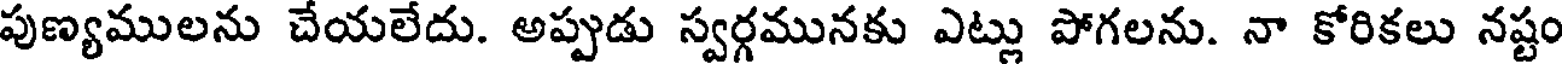
పుణ్యములను చేయలేదు. అప్పుడు స్వర్గమునకు ఎట్లు పోగలను. నా కోరికలు నష్టం